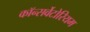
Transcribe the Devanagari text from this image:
कॉन्सर्वेटोरियम